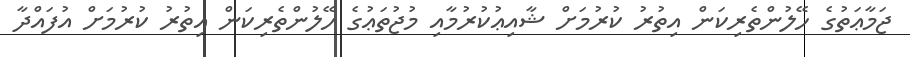
ޖަމާޢަތުގެ ހޭލުންތެރިކަން އިތުރު ކުރުމަށް ޝާއިޢުކުރުމާއި މުޖުތަޢުގެ ހޭލުންތެރިކަން އިތުރު ކުރުމަށް އުފައްދާ